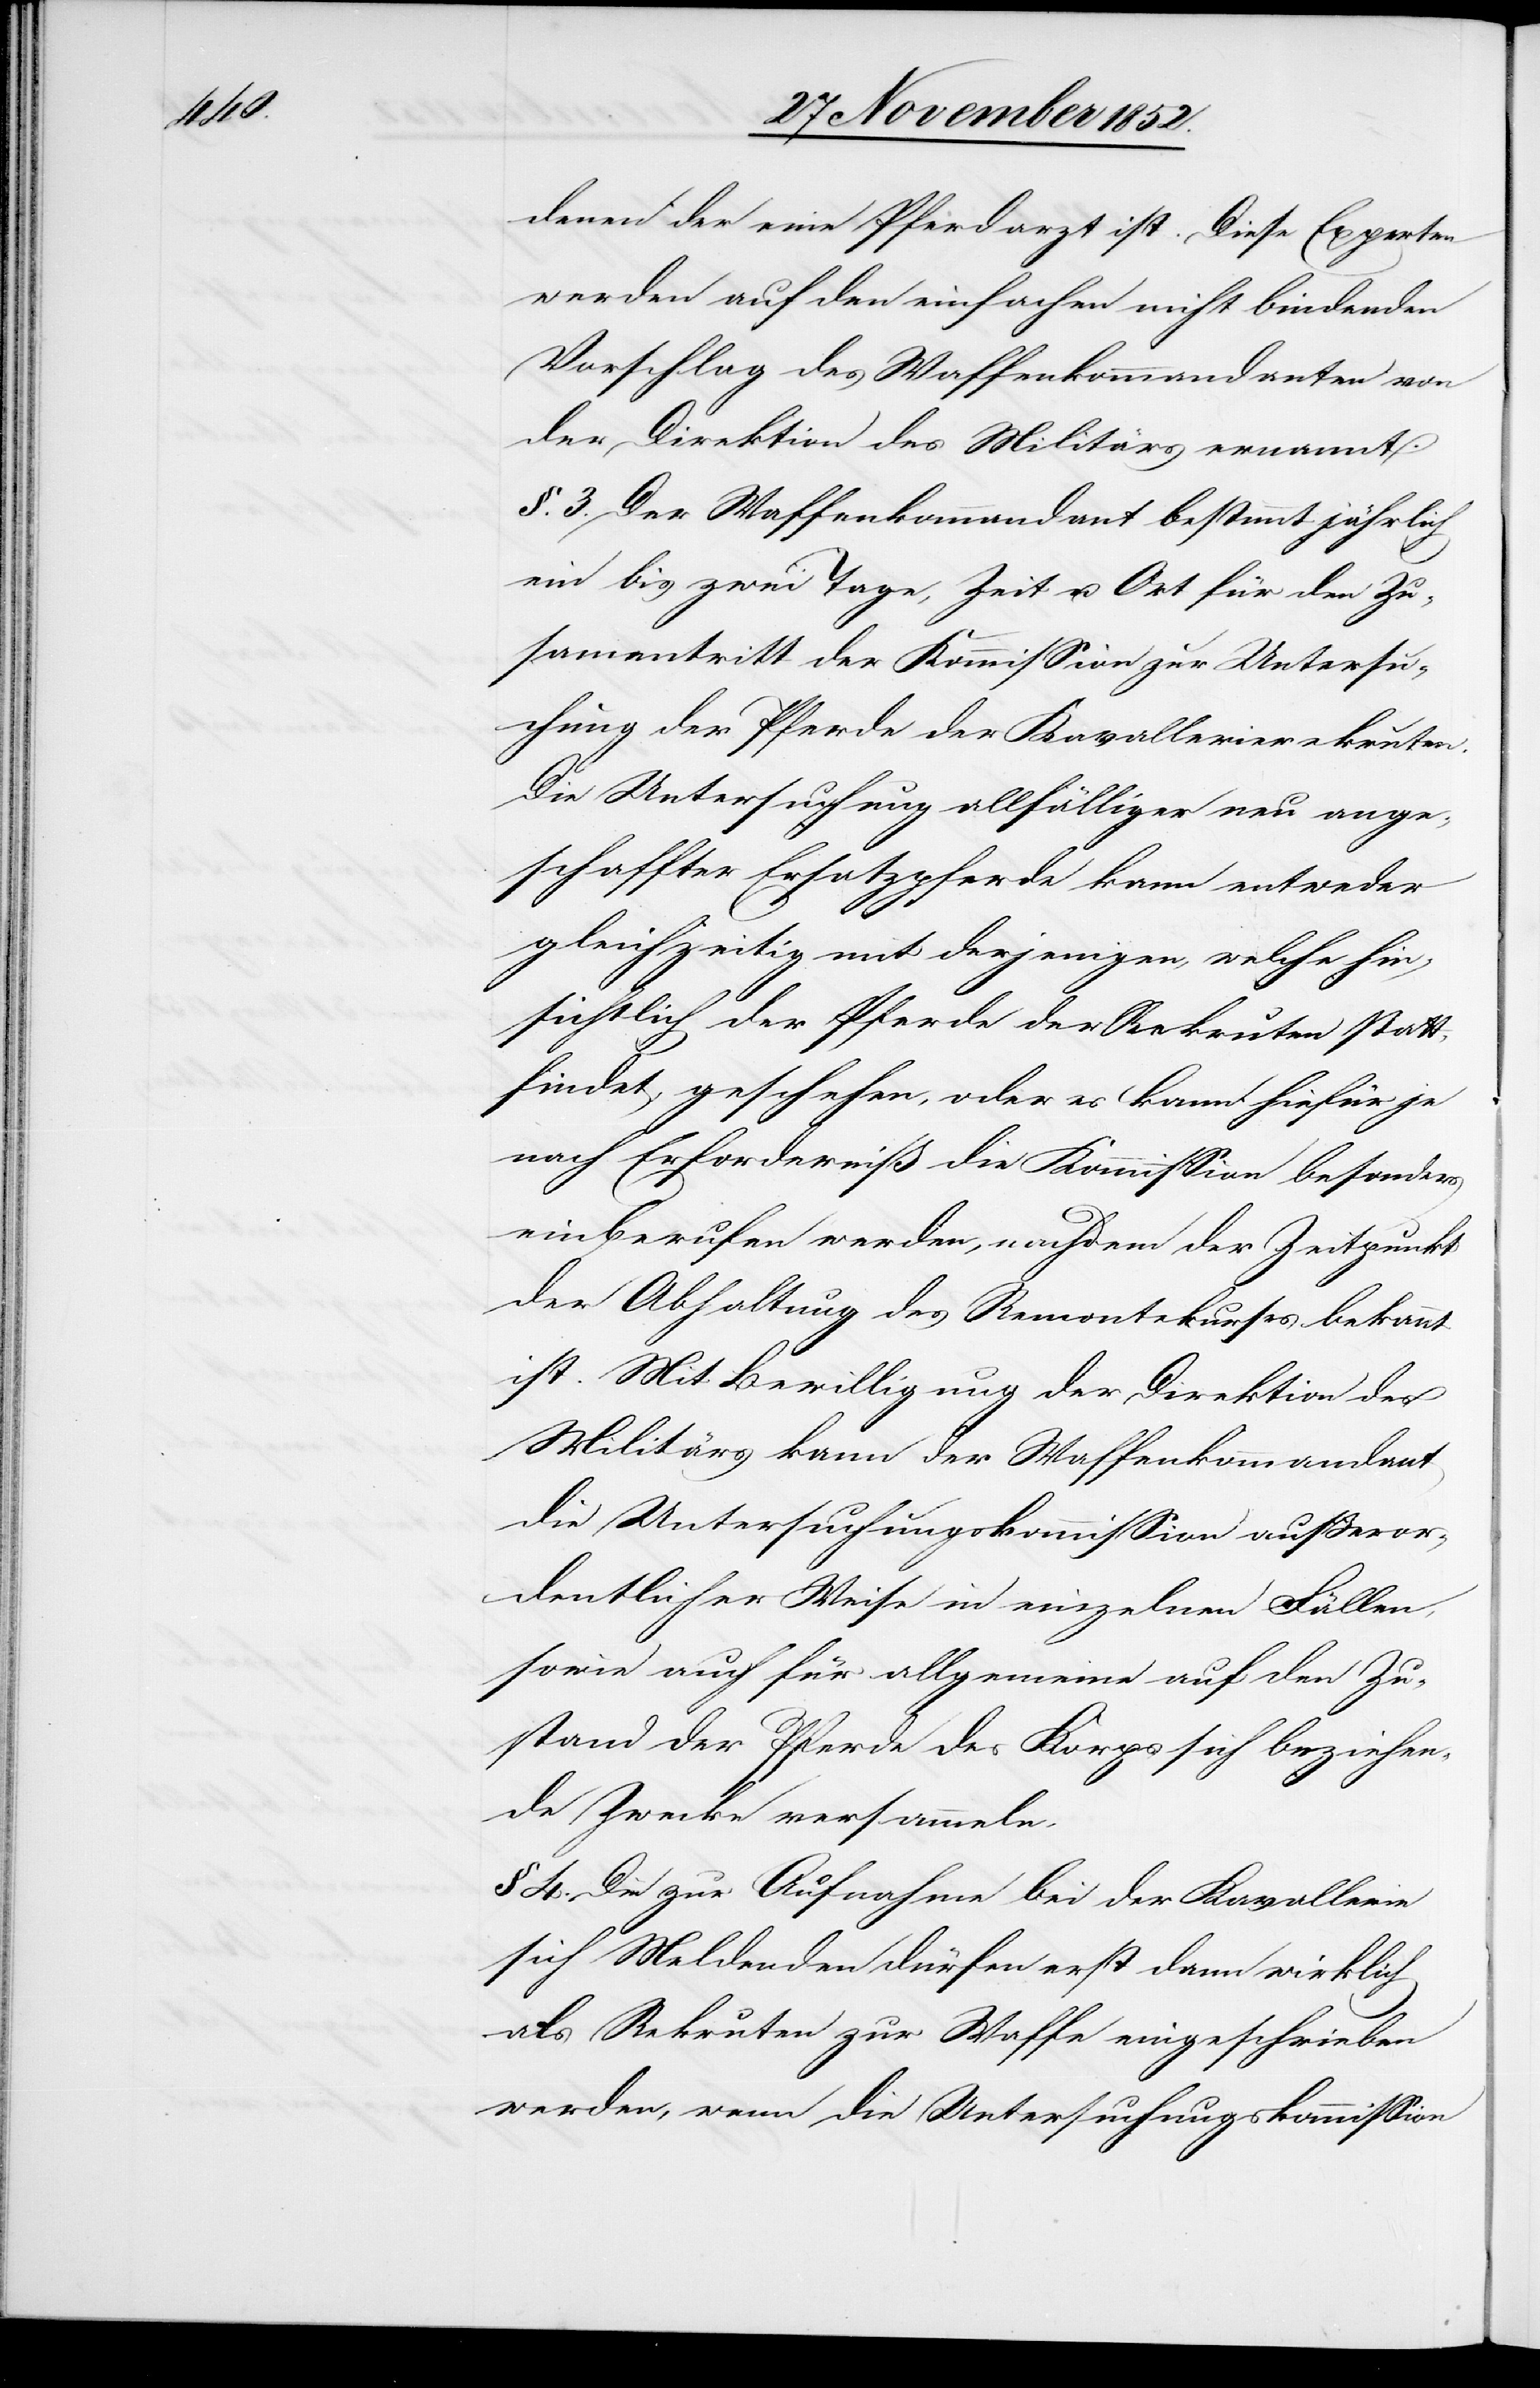
denen der eine Pferdarzt ist. Diese Experten
werden auf den einfachen nicht bindenden
Vorschlag des Waffenkommandanten von
der Direktion des Militärs ernannt.
§. 3. Der Waffenkommandant bestimmt jährlich
ein bis zwei Tage, Zeit u. Ort für den Zu¬
sam[m]entritt der Kommission zur Untersu¬
chung der Pferde der Kavallerierekruten.
Die Untersuchung allfälliger neu ange¬
schaffter Ersatzpferde kann entweder
gleichzeitig mit derjenigen, welche hin¬
sichtlich der Pferde der Rekruten statt¬
findet, geschehen, oder es kann hiefür je
nach Erforderniß die Kommission besonders
einberufen werden, nachdem der Zeitpunkt
der Abhaltung des Remontekurses bekannt
ist. Mit Bewilligung der Direktion des
Militärs kann der Waffenkommandant
die Untersuchungskommission außeror¬
dentlicher Weise in einzelnen Fällen,
sowie auch für allgemeine auf den Zu¬
stand der Pferde des Korps sich beziehen¬
de Zwecke versammeln.
§ 4. Die zur Aufnahme bei der Kavallerie
sich Meldenden dürfen erst dann wirklich
als Rekruten zur Waffe eingeschrieben
werden, wenn die Untersuchungskommission